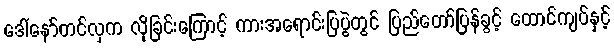
ဒေါ်နော်တင်လှက လိုခြင်းကြောင့် ကားအရောင်းပြပွဲတွင် ပြည်တော်ပြန်ခွင့် ထောင်ကျပ်နှင့်